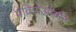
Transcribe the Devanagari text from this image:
प्रक्रियेअंतर्गत